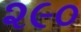
૨૯૦